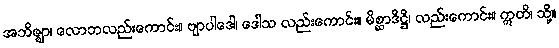
အဘိဇ္ဈာ၊ လောဘလည်းကောင်း။ ဗျာပါဒေါ၊ ဒေါသ လည်းကောင်း။ မိစ္ဆာဒိဋ္ဌိ၊ လည်းကောင်း။ ဣတိ၊ သို့။